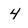
Character: 4